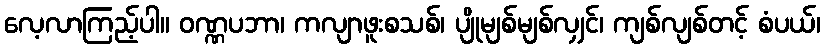
လေ့လာကြည့်ပါ။ ဝဏ္ဏပဘာ၊ ကလျာဖူးစသစ်၊ ပျိုမျစ်မျစ်လျှင်၊ ကျစ်လျစ်တင့် စံပယ်၊